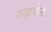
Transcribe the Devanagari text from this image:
रुह्लबेन